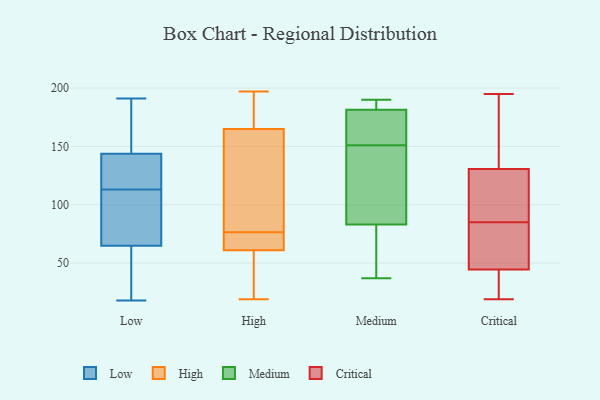
{"axis": {"x": "Waste Production (Tons)", "y": "Value"}, "legend": ["Critical", "High", "Low", "Medium"], "data": [{"x": "", "y": 101, "type": "Low"}, {"x": "", "y": 82, "type": "Low"}, {"x": "", "y": 42, "type": "Low"}, {"x": "", "y": 113, "type": "Low"}, {"x": "", "y": 164, "type": "Low"}, {"x": "", "y": 165, "type": "Low"}, {"x": "", "y": 144, "type": "Low"}, {"x": "", "y": 191, "type": "Low"}, {"x": "", "y": 18, "type": "Low"}, {"x": "", "y": 96, "type": "Low"}, {"x": "", "y": 143, "type": "Low"}, {"x": "", "y": 59, "type": "Low"}, {"x": "", "y": 118, "type": "Low"}, {"x": "", "y": 141, "type": "Low"}, {"x": "", "y": 51, "type": "Low"}, {"x": "", "y": 68, "type": "High"}, {"x": "", "y": 72, "type": "High"}, {"x": "", "y": 180, "type": "High"}, {"x": "", "y": 197, "type": "High"}, {"x": "", "y": 61, "type": "High"}, {"x": "", "y": 64, "type": "High"}, {"x": "", "y": 44, "type": "High"}, {"x": "", "y": 115, "type": "High"}, {"x": "", "y": 81, "type": "High"}, {"x": "", "y": 165, "type": "High"}, {"x": "", "y": 187, "type": "High"}, {"x": "", "y": 50, "type": "High"}, {"x": "", "y": 133, "type": "High"}, {"x": "", "y": 19, "type": "High"}, {"x": "", "y": 73, "type": "Medium"}, {"x": "", "y": 83, "type": "Medium"}, {"x": "", "y": 146, "type": "Medium"}, {"x": "", "y": 83, "type": "Medium"}, {"x": "", "y": 190, "type": "Medium"}, {"x": "", "y": 37, "type": "Medium"}, {"x": "", "y": 183, "type": "Medium"}, {"x": "", "y": 180, "type": "Medium"}, {"x": "", "y": 159, "type": "Medium"}, {"x": "", "y": 185, "type": "Medium"}, {"x": "", "y": 154, "type": "Medium"}, {"x": "", "y": 148, "type": "Medium"}, {"x": "", "y": 19, "type": "Critical"}, {"x": "", "y": 91, "type": "Critical"}, {"x": "", "y": 46, "type": "Critical"}, {"x": "", "y": 40, "type": "Critical"}, {"x": "", "y": 85, "type": "Critical"}, {"x": "", "y": 157, "type": "Critical"}, {"x": "", "y": 85, "type": "Critical"}, {"x": "", "y": 72, "type": "Critical"}, {"x": "", "y": 20, "type": "Critical"}, {"x": "", "y": 145, "type": "Critical"}, {"x": "", "y": 126, "type": "Critical"}, {"x": "", "y": 84, "type": "Critical"}, {"x": "", "y": 195, "type": "Critical"}]}